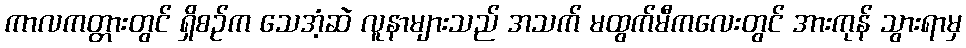
ကာလကတ္တားတွင် ရှိစဉ်က သေအံ့ဆဲ လူနာများသည် အသက် မထွက်မီကလေးတွင် အားကုန် သွားရာမှ